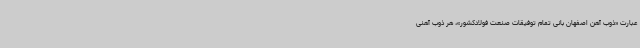
عبارت «ذوب آهن اصفهان بانی تمام توفیقات صنعت فولادکشور»، هر ذوب آهنی